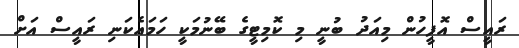
ރައީސް އޮފީހުން މިއަދު ބުނީ މި ކޮމިޓީގެ ބޭނުމަކީ ހަމައެކަނި ރައީސް އަށް